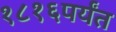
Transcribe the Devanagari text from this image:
१८१६पर्यंत